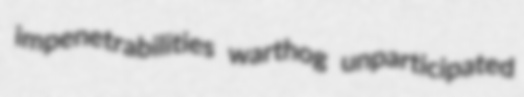
impenetrabilities warthog unparticipated